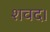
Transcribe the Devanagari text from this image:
शवद।